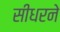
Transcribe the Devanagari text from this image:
सीधरने